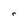
Character: r